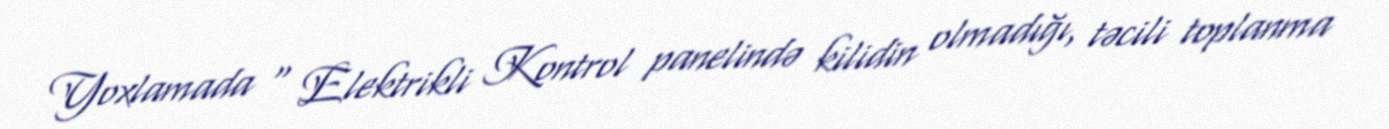
Yoxlamada " Elektrikli Kontrol panelində kilidin olmadığı, təcili toplanma